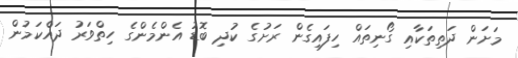
މަށަން ދަތިތަކާއި ގޯނިތައް ހިފައިގެން ރަށުގެ ކުދި ބޮޑު އެންމެންގެ ހިތްވަރު ދައްކަމުން